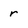
Character: r